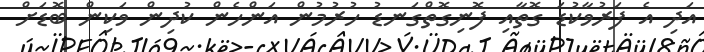
އަދި އެ ފަރުވާކުޑަ ގޮތާއި ފޮނިގޮތްގަނޑު ހުރުމުން އަންހެން ކުދިން ވަކިން ބޮޑަށް